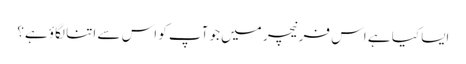
ایسا کیا ہے اس فرنیچر میں جو آپ کو اس سے اتنا لگاؤ ہے؟